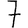
Digit: 7